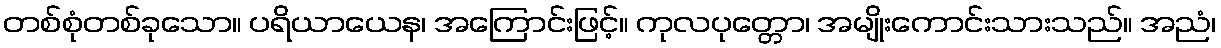
တစ်စုံတစ်ခုသော။ ပရိယာယေန၊ အကြောင်းဖြင့်။ ကုလပုတ္တော၊ အမျိုးကောင်းသားသည်။ အညံ၊